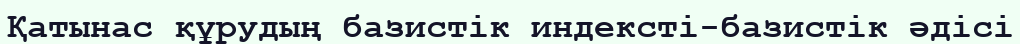
Қатынас құрудың базистік индексті-базистік әдісі